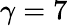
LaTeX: \gamma=7